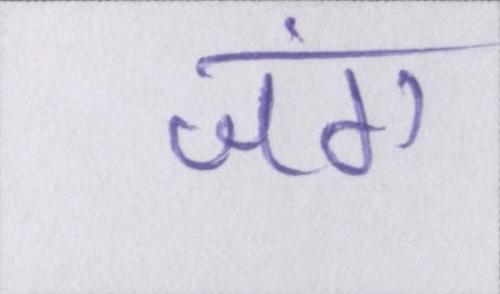
जंग